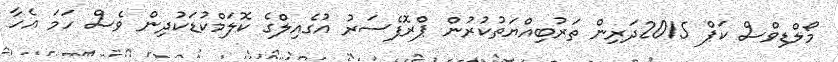
މޯލްޑިވްސް ކަޕް 2015ދަރިން ތަރުބިއްޔަތުކުރުން ޕްރޮފެސަރު އުގެއިލްގެ ކޮލަމްކުޑަކުދިން ވެސް ހަމަ އެހާ